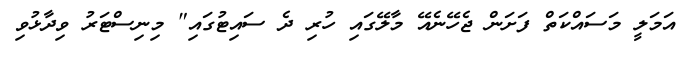
އަމަލީ މަސައްކަތް ފަށަން ޖެހޭނެއޭ މާލޭގައި ހުރި ދެ ސައިޓުގައި" މިނިސްޓަރު ވިދާޅުވި